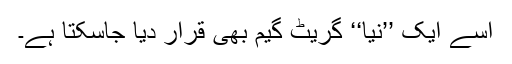
اسے ایک ’’نیا‘‘ گریٹ گیم بھی قرار دیا جاسکتا ہے۔